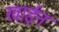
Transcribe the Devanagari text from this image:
खाईन